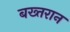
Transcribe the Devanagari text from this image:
बख्तरान